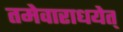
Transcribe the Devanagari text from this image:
तमेवाराधयेत्